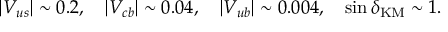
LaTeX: | V _ { u s } | \sim 0 . 2 , \ \ \ | V _ { c b } | \sim 0 . 0 4 , \ \ \ | V _ { u b } | \sim 0 . 0 0 4 , \ \ \ \sin \delta _ { \mathrm { K M } } \sim 1 .